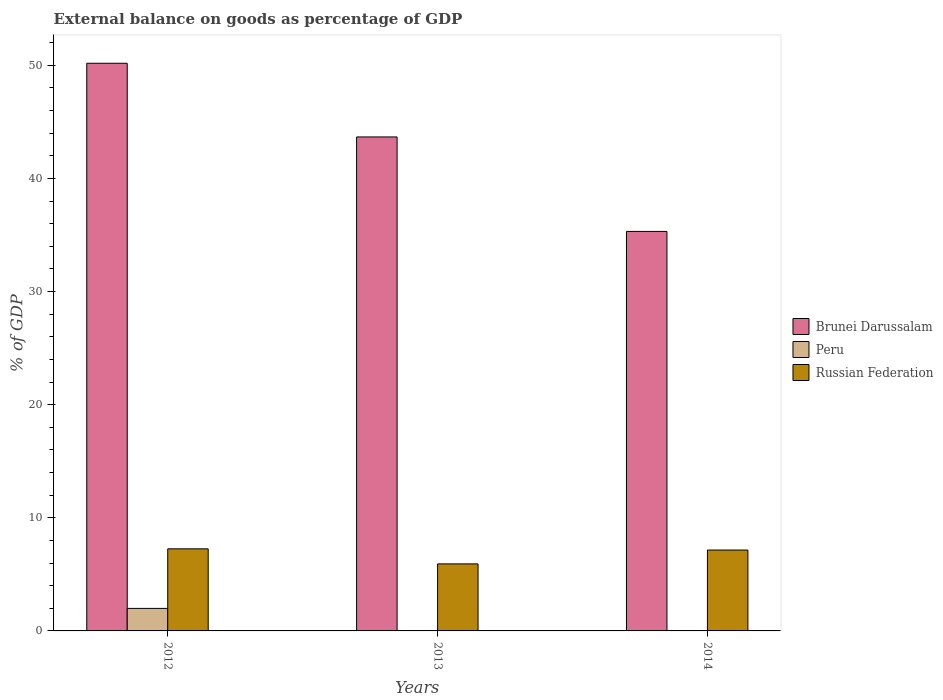
| Years | Brunei Darussalam | Peru | Russian Federation |
 | --- | --- | --- | --- |
 | 2012 | 50.2 | 1.99 | 7.26 |
 | 2013 | 43.7 | -0.584 | 5.93 |
 | 2014 | 35.3 | -1.52 | 7.15 |